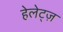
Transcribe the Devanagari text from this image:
हेलेट्ज़